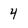
Character: 4